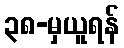
၃၈-မှယူရန်